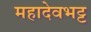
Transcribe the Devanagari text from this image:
महादेवभट्ट